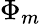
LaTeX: \Phi_{m}